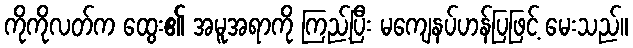
ကိုကိုလတ်က ထွေး၏ အမူအရာကို ကြည့်ပြီး မကျေနပ်ဟန်ပြဖြင့် မေးသည်။